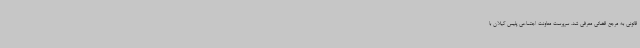
قانونی به مرجع قضائی معرفی شد. سرپرست معاونت اجتماعی پلیس گیلان با